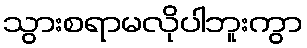
သွားစရာမလိုပါဘူးကွာ